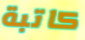
كاتبة